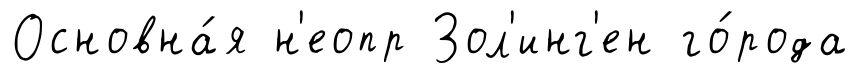
Основна́я н'еопр Зол'инг'ен го́рода